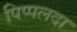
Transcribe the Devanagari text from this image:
पिप्‍पलदा